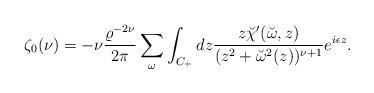
LaTeX: \begin{align*}\zeta_0(\nu)=-\nu{\varrho^{-2\nu} \over 2\pi }\sum_\omega\int_{C_+}dz{z \breve{\chi}'(\breve{\omega},z) \over(z^2+\breve{\omega}^2(z))^{\nu+1}}e^{i\epsilon z}.\end{align*}